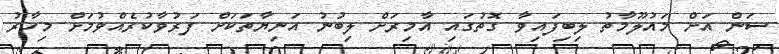
ސަން އަށް މައުލޫމާތު ލިބިފައިވާ ގޮތުގައި އާމިރަށް ލިބުނު އަނިޔާތަކަށް ފަރުވާކުރެއްވުމަށް މިހާރު